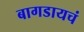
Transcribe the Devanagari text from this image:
बागडायचं